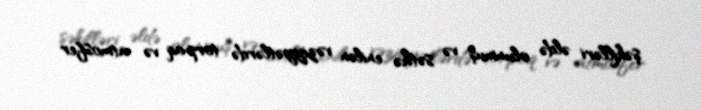
şəkilləri əldə olunmuş və səthə enilən vəziyyətlərdə torpaq və atmosfer